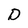
Character: D